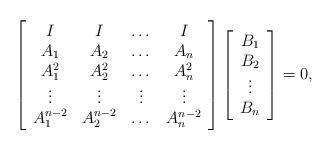
LaTeX: \begin{align*}\left[ \begin{array}{cccc} I & I & \dots & I\\A_1 & A_2 & \dots & A_n\\A_1^2 & A_2^2 & \dots & A_n^2\\\vdots & \vdots & \vdots & \vdots\\A_1^{n-2} & A_2^{n-2} & \dots & A_n^{n-2} \end{array} \right]\left[ \begin{array}{c} B_1\\B_2\\\vdots \\B_n \end{array} \right]=0,\end{align*}